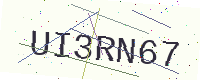
Text: UI3RN67